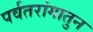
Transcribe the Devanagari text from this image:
पर्वतरांगातुन